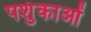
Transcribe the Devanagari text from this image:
पशुंकाओं